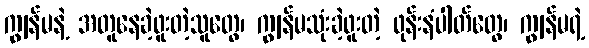
ကျွန်မနဲ့ အတူနေခဲ့ဖူးတဲ့သူတွေ၊ ကျွန်မသုံးခဲ့ဖူးတဲ့ ဖုန်းနံပါတ်တွေ၊ ကျွန်မရဲ့